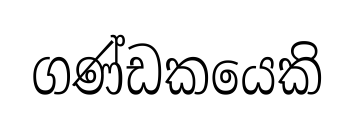
ගණ්ඩකයෙකි